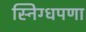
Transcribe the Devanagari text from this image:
स्निग्धपणा